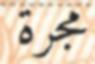
مجرة